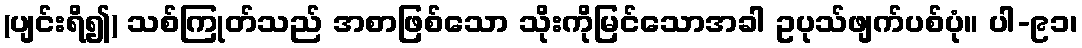
(ပျင်းရိ၍) သစ်ကြုတ်သည် အစာဖြစ်သော သိုးကိုမြင်သောအခါ ဥပုသ်ဖျက်ပစ်ပုံ။ ပါ-၉၁၊